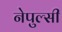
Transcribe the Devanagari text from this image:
नेपुल्सी